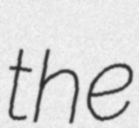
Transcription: the